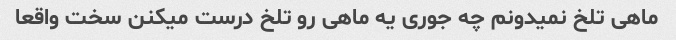
ماهی تلخ نمیدونم چه جوری یه ماهی رو تلخ درست میکنن سخت واقعا